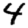
Digit: 4